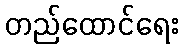
တည်ထောင်ရေး